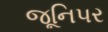
જૂનિપર